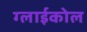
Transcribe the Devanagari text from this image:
ग्लाईकोल